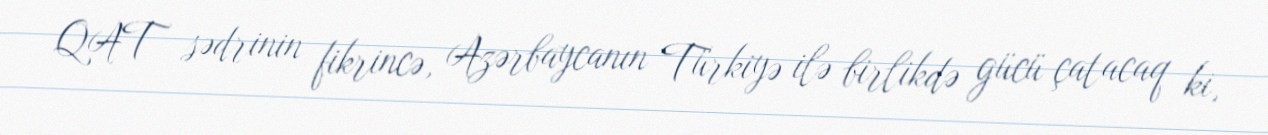
QAT sədrinin fikrincə, Azərbaycanın Türkiyə ilə birlikdə gücü çatacaq ki,